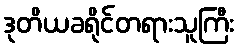
ဒုတိယခရိုင်တရားသူကြီး